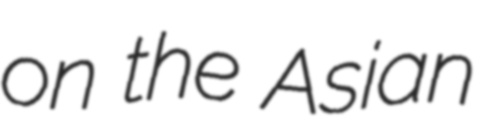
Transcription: on the Asian